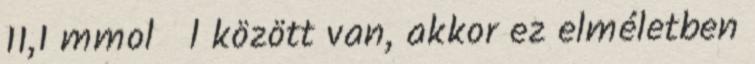
11,1 mmol l között van, akkor ez elméletben